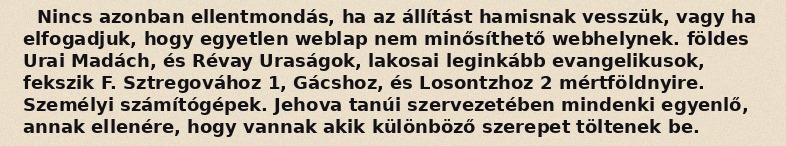
Nincs azonban ellentmondás, ha az állítást hamisnak vesszük, vagy ha elfogadjuk, hogy egyetlen weblap nem minősíthető webhelynek. földes Urai Madách, és Révay Uraságok, lakosai leginkább evangelikusok, fekszik F. Sztregovához 1, Gácshoz, és Losontzhoz 2 mértföldnyire. Személyi számítógépek. Jehova tanúi szervezetében mindenki egyenlő, annak ellenére, hogy vannak akik különböző szerepet töltenek be.